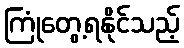
ကြုံတွေ့ရနိုင်သည့်